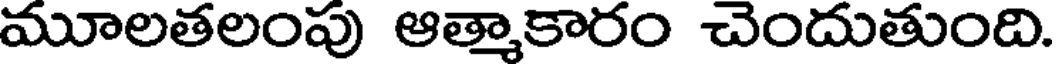
మూలతలంపు ఆత్మాకారం చెందుతుంది.